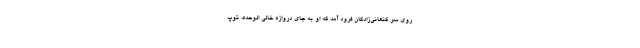
روی سر کنعانی‌زادگان فرود آمد که او به جای دروازه خالی الوحده، توپ